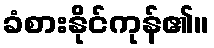
ခံစားနိုင်ကုန်၏။